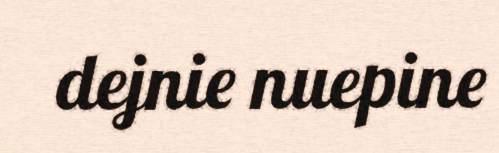
dejnie nuepine